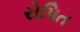
રોપિત